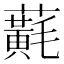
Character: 𧃂